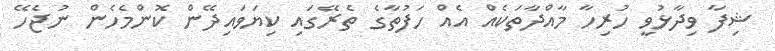
ޝިފާ ވިދާޅުވީ ހުރިހާ މާއްދާތަކެއް އެއް ހަފުތާގެ ތެރޭގައި ކިޔަވައިދޭން ކޮންމެހެން ނުޖެހޭ